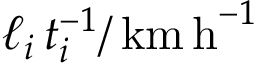
\ell _ { i } \, t _ { i } ^ { - 1 } / \, \mathrm { k m \, h } ^ { - 1 }